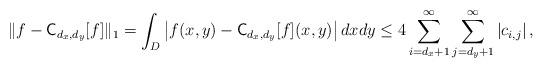
LaTeX: \begin{align*}\|f - {\mathsf{C}}_{d_x,d_y}[f]\|_1 = \int_D \left|f(x,y) - {\mathsf{C}}_{d_x,d_y}[f](x,y)\right|dxdy \le 4 \sum_{i = d_x+1}^{\infty} \sum_{j = d_y+1}^{\infty} \left|c_{i,j}\right|,\end{align*}